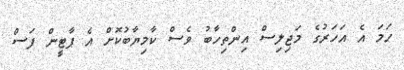
ހަމަ އެ އަހަރުގެ މަޖިލިސް އިންތިހާބު ވެސް ކާމިޔާބުކޮށް އެ ޕާޓީން ފަސް